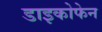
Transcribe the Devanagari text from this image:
डाइकोफेन